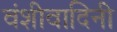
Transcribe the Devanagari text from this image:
वंशीवादिनी